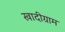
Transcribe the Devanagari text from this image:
खादीग्राम